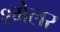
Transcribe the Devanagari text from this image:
श्मेलर